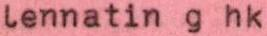
Lennatin g hk